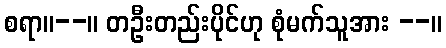
စရာ။--။ တဦးတည်းပိုင်ဟု စုံမက်သူအား --။